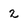
Character: 2